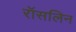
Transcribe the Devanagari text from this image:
रॉसलिन